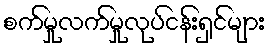
စက်မှုလက်မှုလုပ်ငန်းရှင်များ